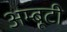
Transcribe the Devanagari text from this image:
अम्बूटी